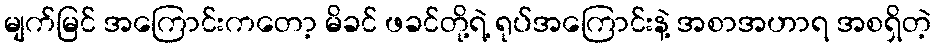
မျက်မြင် အကြောင်းကတော့ မိခင် ဖခင်တို့ရဲ့ ရုပ်အကြောင်းနဲ့ အစာအဟာရ အစရှိတဲ့